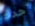
حدث